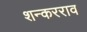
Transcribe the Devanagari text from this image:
शन्करराव